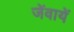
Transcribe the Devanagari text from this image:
जेंवायें